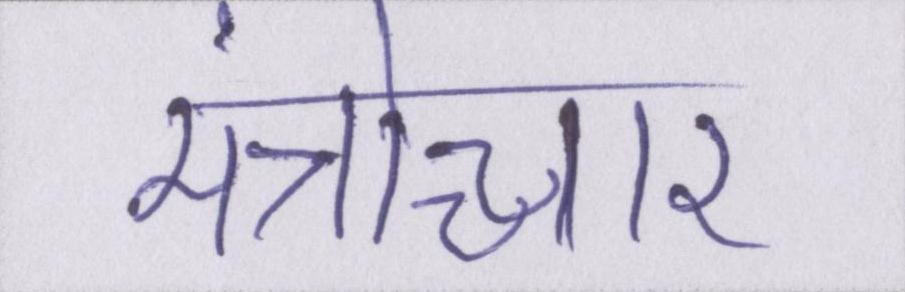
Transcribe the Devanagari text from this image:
मंत्रोच्चार